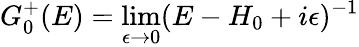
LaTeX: G_{0}^{+}(E)=\operatorname*{lim}_{\epsilon\rightarrow 0}(E-H_{0}+i\epsilon)^{-1}